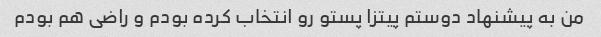
من به پیشنهاد دوستم پیتزا پستو رو انتخاب کرده بودم و راضی هم بودم